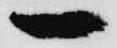
一